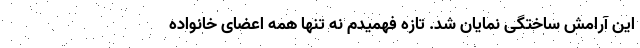
این آرامش ساختگی نمایان شد. تازه فهمیدم نه تنها همه اعضای خانواده